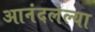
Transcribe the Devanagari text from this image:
आनंदलेल्या